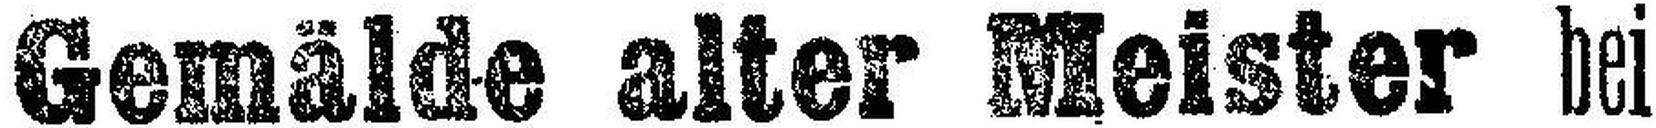
Gemälde alter Meister bei